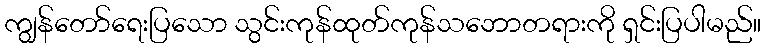
ကျွန်တော်ရေးပြသော သွင်းကုန်ထုတ်ကုန်သဘောတရားကို ရှင်းပြပါမည်။